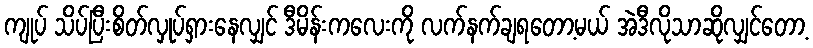
ကျုပ် သိပ်ပြီးစိတ်လှုပ်ရှားနေလျှင် ဒီမိန်းကလေးကို လက်နက်ချရတော့မယ် အဲဒီလိုသာဆိုလျှင်တော့